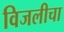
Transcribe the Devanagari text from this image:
विजलीचा